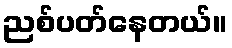
ညစ်ပတ်နေတယ်။